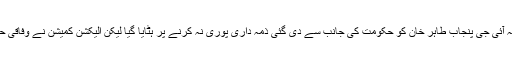
وفاقی وزیر اطلاعات فواد چوہدری کی جانب سے کہا گیا تھا کہ آئی جی پنجاب طاہر خان کو حکومت کی جانب سے دی گئی ذمہ داری پوری نہ کرنے پر ہٹایا گیا لیکن الیکشن کمیشن نے وفاقی حکومت کے فیصلے کو چند گھنٹوں بعد ہی کالعدم قرار دیدیا تھا۔